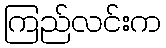
ကြည်လင်းက